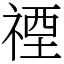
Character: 禋